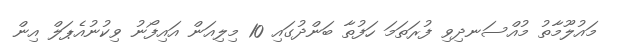
މައުލޫމާތު މުއްސަނދިވި ފުރަތަމަ ހަފުތާ ބަންދުގައި 10 މިލިއަން އައިފޯނު ވިކުނުއެޕަލް އިން